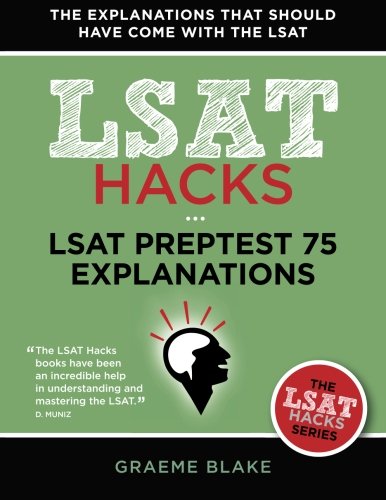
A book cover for LSAT Preptest 75 Explanations: A Study Guide for LSAT 75 (June 2015 LSAT) (LSAT Hacks); Graeme Blake; Test Preparation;